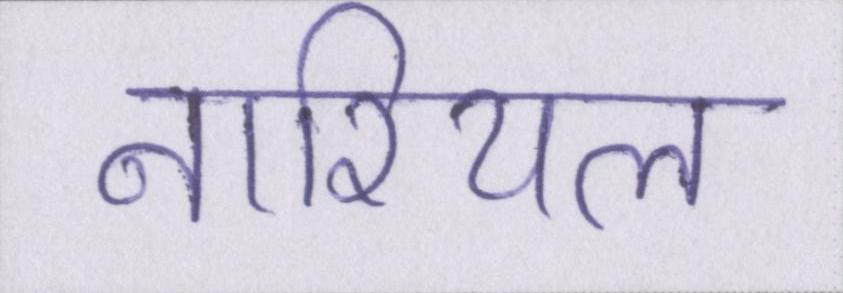
नारियल